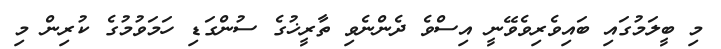
މި ބީލަމުގައި ބައިވެރިވެވޭނީ އިސްވެ ދެންނެވި ތާރީޚުގެ ސުންގަޑި ހަމަވުމުގެ ކުރިން މި